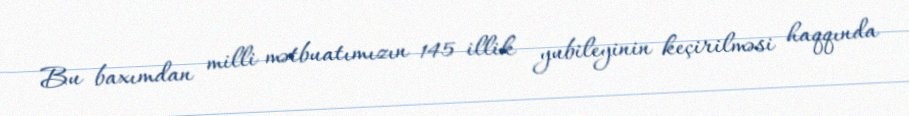
Bu baxımdan milli mətbuatımızın 145 illik yubileyinin keçirilməsi haqqında